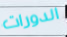
الدورات